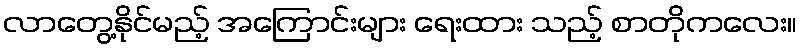
လာတွေ့နိုင်မည့် အကြောင်းများ ရေးထား သည့် စာတိုကလေး။